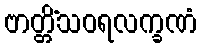
ဗာတ္တိံသဝရလက္ခဏံ